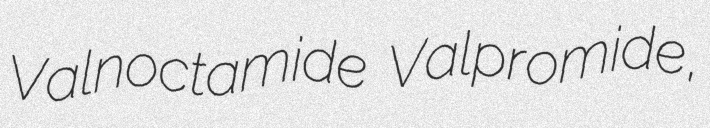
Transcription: Valnoctamide Valpromide,